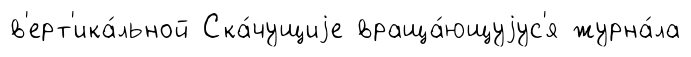
в'ерт'ика́льной Ска́чущиjе враща́ющуjус'я журна́ла